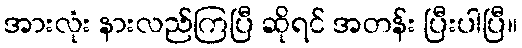
အားလုံး နားလည်ကြပြီ ဆိုရင် အတန်း ပြီးပါပြီ။